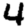
Digit: 4